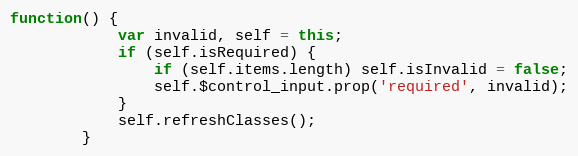
Language: JavaScript
function() {
			var invalid, self = this;
			if (self.isRequired) {
				if (self.items.length) self.isInvalid = false;
				self.$control_input.prop('required', invalid);
			}
			self.refreshClasses();
		}